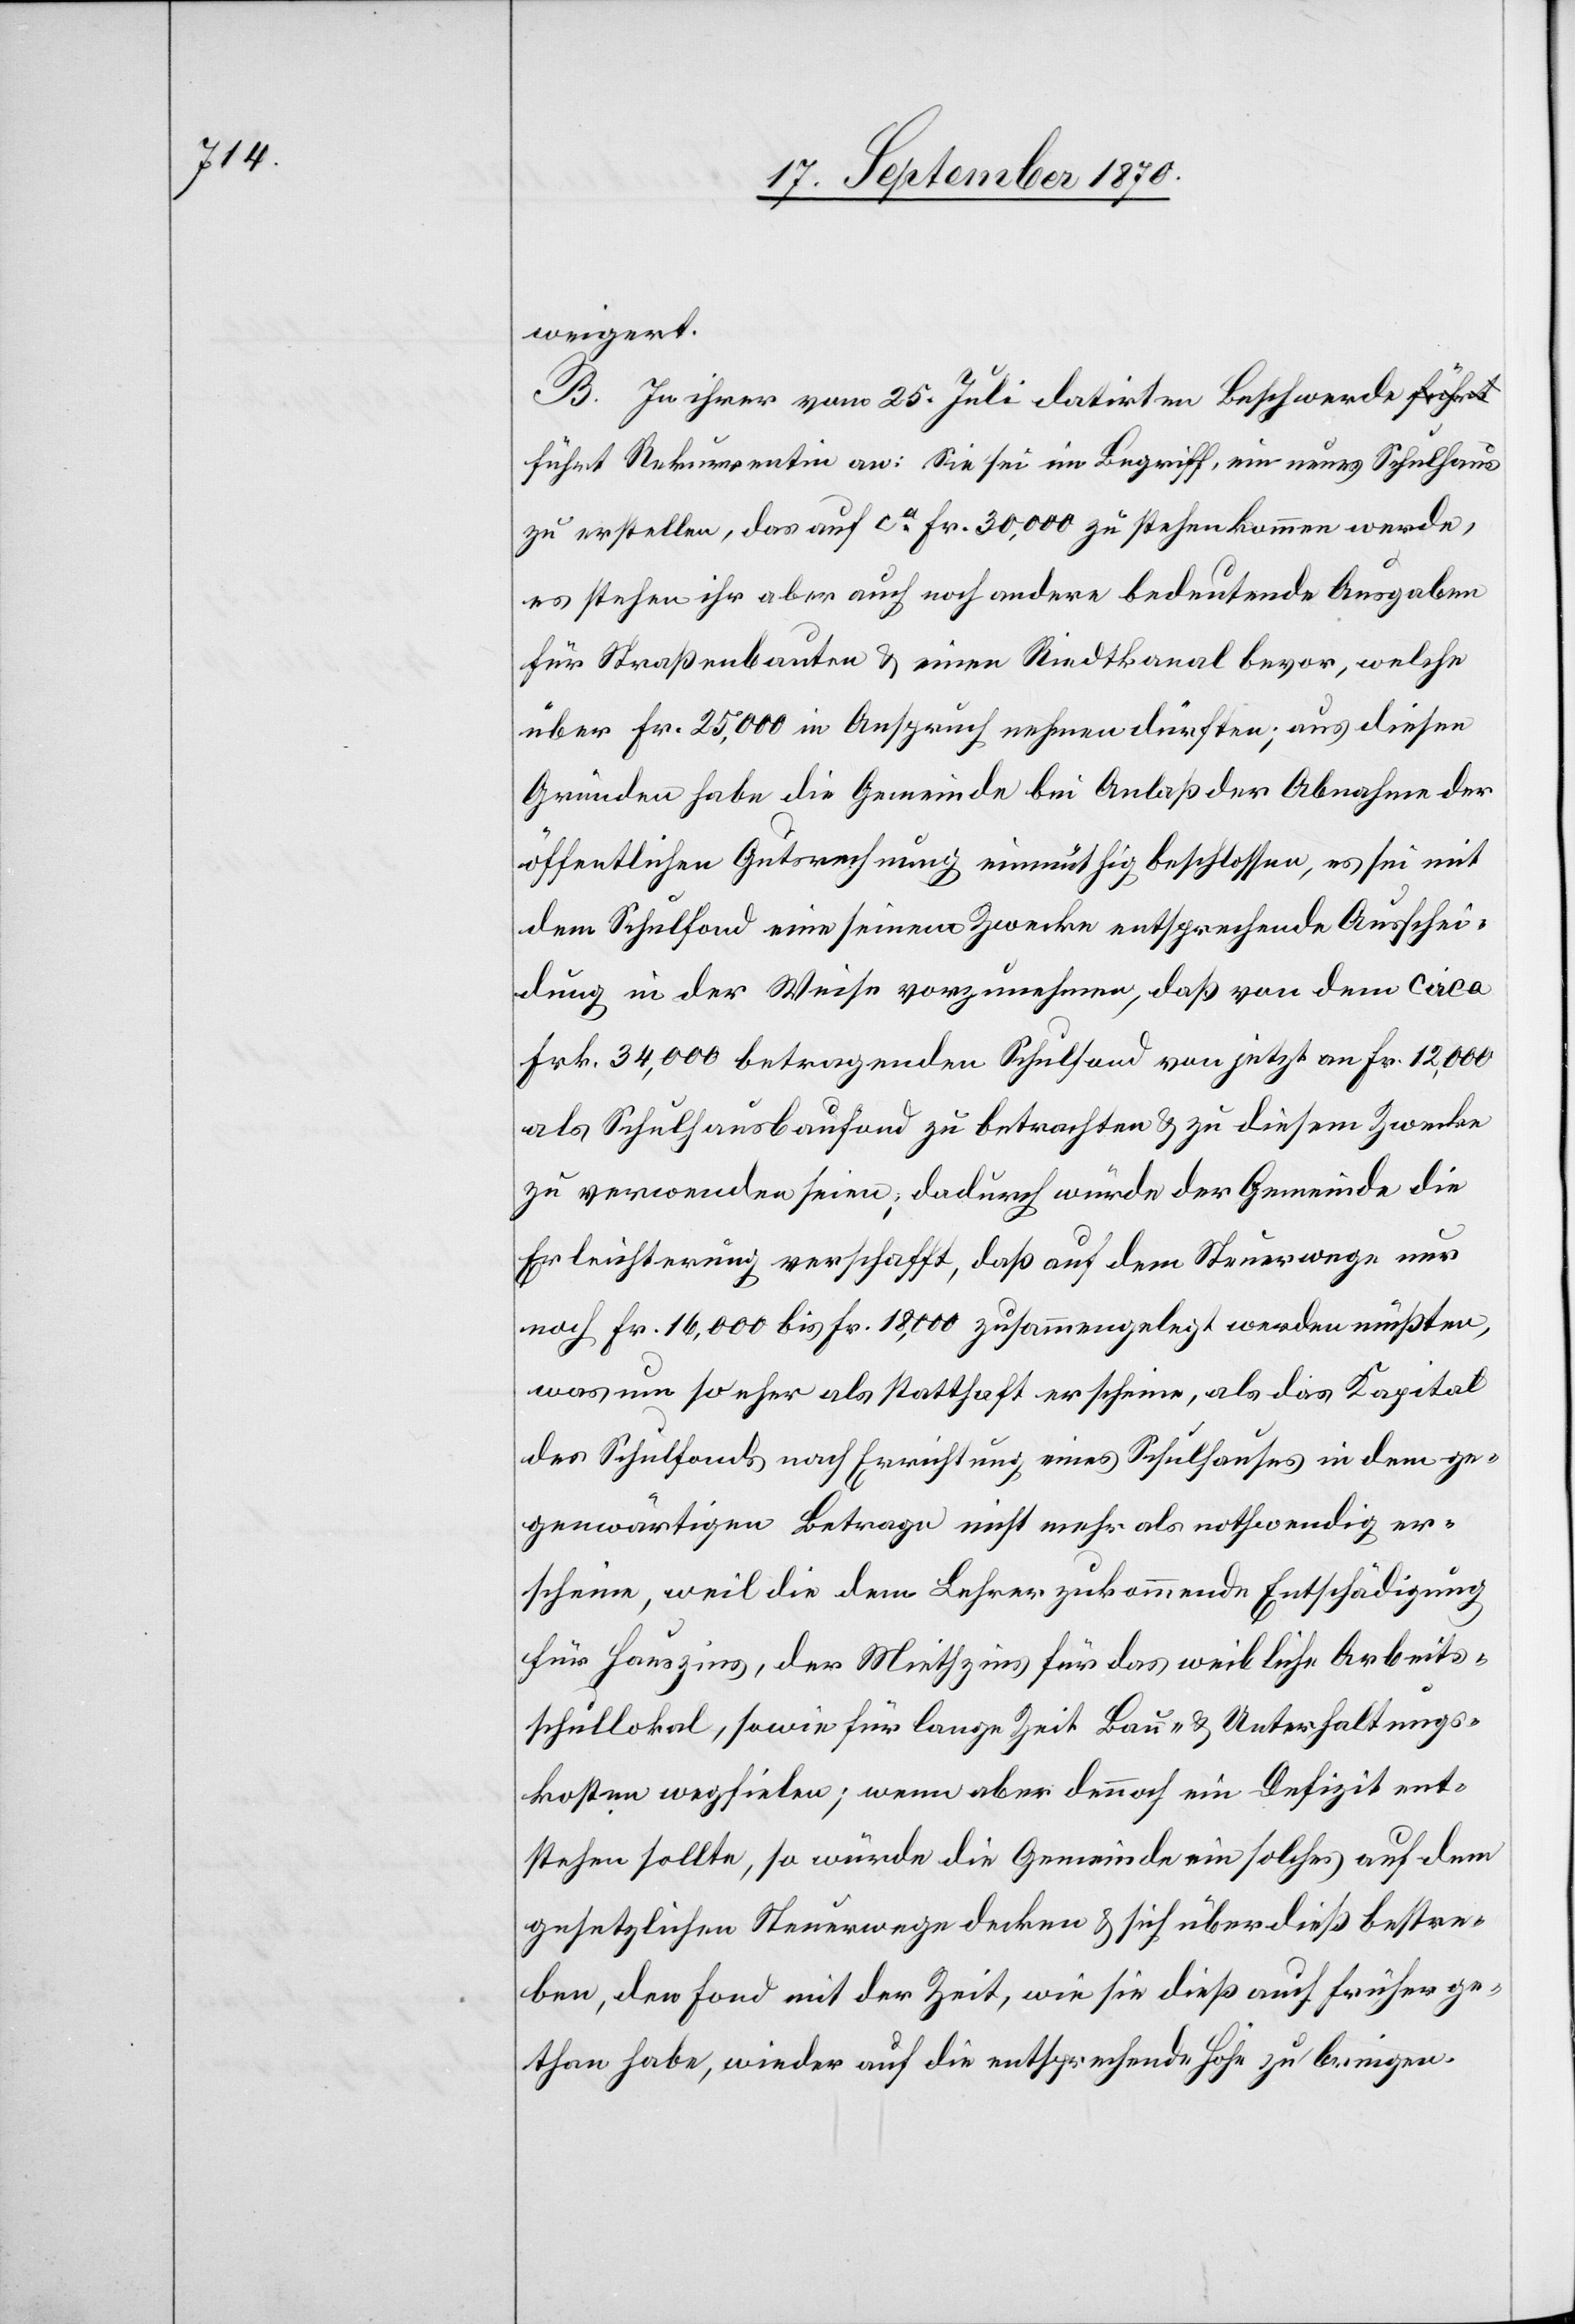
weigert.
B. In ihrer vom 25. Juli datirten Beschwerde f¬
ührt Rekurrentin an: sie sei im Begriff, ein neues Schulhaus
zu erstellen, das auf ca Fr. 30,000 zu stehen kommen werde,
es stehen ihr aber auch noch andere bedeutende Ausgaben
für Straßenbauten & einen Riedtkanal bevor, welche
über Fr. 25,000 in Anspruch nehmen dürften; aus diesen
Gründen habe die Gemeinde bei Anlaß der Abnahme der
öffentlichen Gutsrechnung einmüthig beschlossen, es sei mit
dem Schulfond eine seinem Zwecke entsprechende Ausschei¬
dung in der Weise vorzunehmen, daß von dem circa
Frk. 34,000 betragenden Schulfond von jetzt an Fr. 12,000
als Schulhausbaufond zu betrachten & zu diesem Zwecke
zu verwenden seien; dadurch würde der Gemeinde die
Erleichterung verschafft, daß auf dem Steuerwege nur
noch Fr. 16,000 bis Fr. 18,000 zusammengelegt werden müßten,
was um so eher als statthaft erscheine, als das Kapital
des Schulfonds nach Errichtung eines Schulhauses in dem ge¬
genwärtigen Betrage nicht mehr als nothwendig er¬
scheine, weil die dem Lehrer zukommende Entschädigung
für Hauszins, der Miethzins für das wirkliche Arbeits¬
schullokal, sowie für lange Zeit Bau- & Unterhaltungs¬
kosten wegfielen; wenn aber dennoch ein Defizit ent¬
stehen sollte, so würde die Gemeinde ein solches auf dem
gesetzlichen Steuerwege decken & sich überdieß bestre¬
ben, den Fond mit der Zeit, wie sie dieß auch früher ge¬
than habe, wieder auf die entsprechende Höhe zu bringen.